Vaccination United Provinces of Agra and Oudh 1902-1913 - 1902-1913
Year: 1902
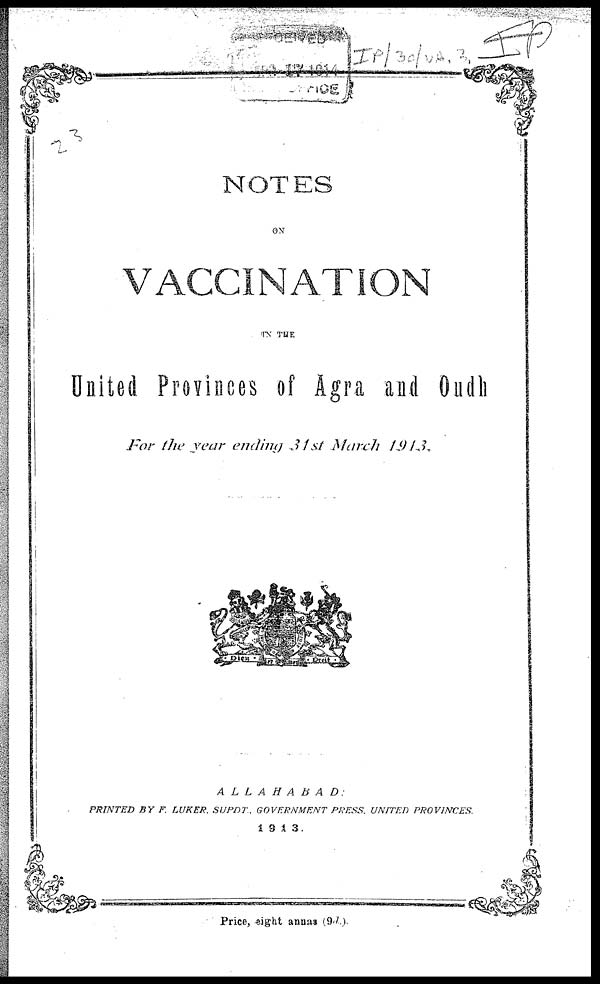
NOTES
ON
VACCINATION
IN THE
United Provinces of Agra and Oudh
For the year ending 31st March 1913.
ALLAHABAD
PRINTED BY F. LUKER. SUPDT., GOVERNMENT PRESS. UNITED
PROVINCES.
1913.
Price, eight annas (9d.).